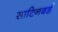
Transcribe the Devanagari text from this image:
साटिनबर्ड